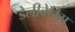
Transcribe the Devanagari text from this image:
डेलीवेरिस